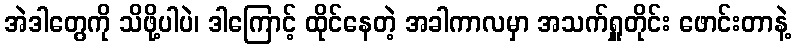
အဲဒါတွေကို သိဖို့ပါပဲ၊ ဒါကြောင့် ထိုင်နေတဲ့ အခါကာလမှာ အသက်ရှူတိုင်း ဖောင်းတာနဲ့